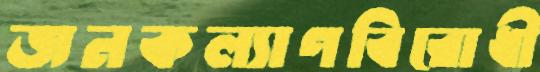
জনকল্যাণবিরোধী